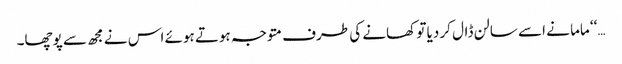
…‘‘ ماما نے اسے سالن ڈال کر دیا تو کھانے کی طرف متوجہ ہوتے ہوئے اس نے مجھ سے پوچھا۔